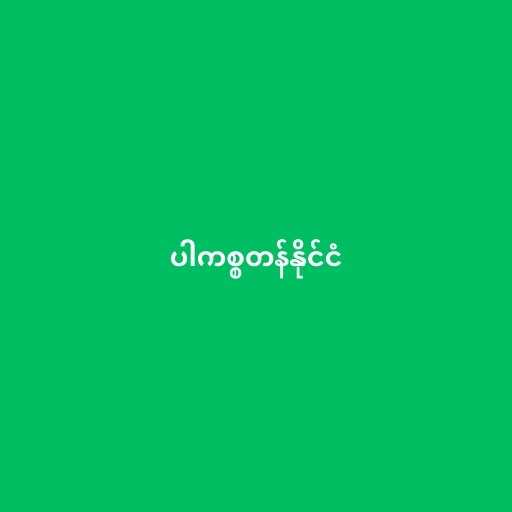
ပါကစ္စတန်နိုင်ငံ